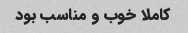
کاملا خوب و مناسب بود